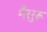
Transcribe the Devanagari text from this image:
मैसुरू